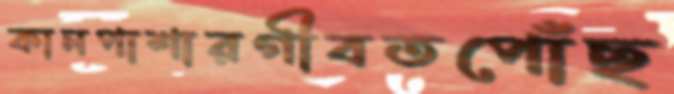
কানপাশারগীবতপোঁছ